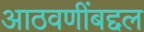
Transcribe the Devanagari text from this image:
आठवणींबद्दल